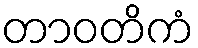
တာဝတိကံ